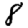
Digit: 8